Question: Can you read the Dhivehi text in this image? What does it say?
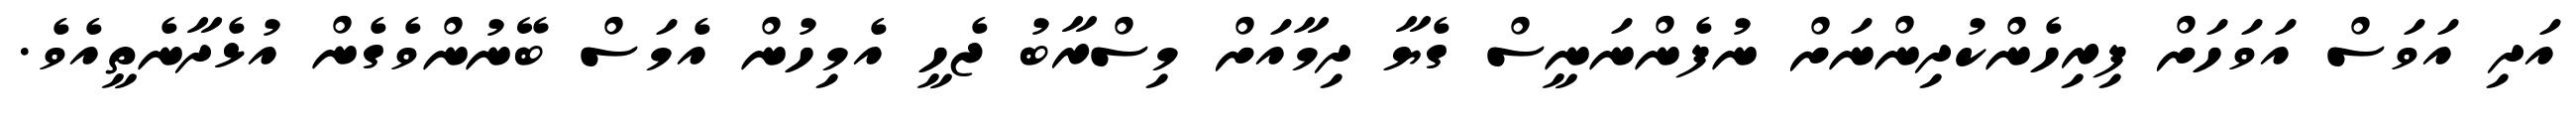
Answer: އަދި އަވަސް އަވަހަށް ފިރިހެންކުދިންނަށް ނުފެންނަނީސް ގެޔާ ދިމާއަށް މިސްރާބު ޖެހީ އެމިހުން އެމަސް ބޭނުންވެގެން އުޅެދާނެތީއެވެ.